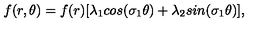
f ( r , \theta ) = f ( r ) [ \lambda _ { 1 } c o s ( \sigma _ { 1 } \theta ) + \lambda _ { 2 } s i n ( \sigma _ { 1 } \theta ) ] ,